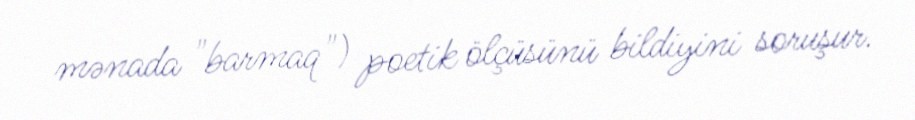
mənada "barmaq") poetik ölçüsünü bildiyini soruşur.